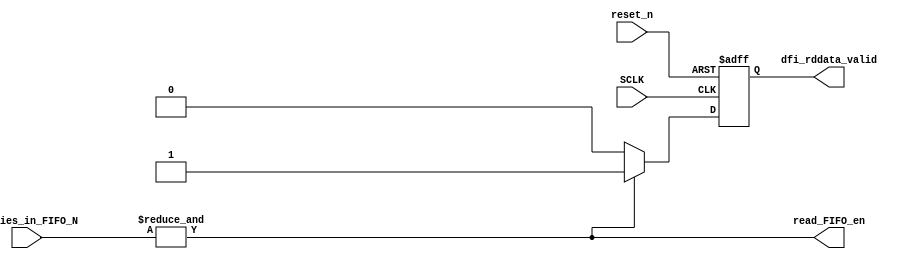

/// Header_Start --->>>
//---------------------------------------------------------
// COPYRIGHT CreVinn Teoranta 2015  
// CreVinn CONFIDENTIAL AND PROPRIETARY   
// Project Name: ms_tip
//---------------------------------------------------------
// $Author: gianl $
// $Data$
// $Log: LANE_CTRL.v $
//
//
//---------------------------------------------------------


/// Header_End <<<---


/// I/O_Start --->>>

// - read_FIFO_en = 1 when entries_in_FIFO > 0
// - generate dfi_rddata_valid to NWL while entries in FIFO are non-zero.

module LANE_CTRL( SCLK,
                  reset_n,
                  dfi_rddata_valid,
                  entries_in_FIFO_N,
                  read_FIFO_en );

//parameter IOG_DQS_LANES = `IOG_DQS_LANES_DEF; // Number of lanes
parameter IOG_DQS_LANES = 2; // Number of lanes

parameter MIN_ENTRIES_IN_FIFO = 1;

input          SCLK;
input          reset_n;

// Port: Port_1

output         dfi_rddata_valid;

// Port: Port_2

input [IOG_DQS_LANES-1:0] entries_in_FIFO_N;//EON..bit per lane, each bit indicates at least one entry in per lane fifo
output         read_FIFO_en;

/// I/O_End <<<---

reg dfi_rddata_valid;
//wire [IOG_DQS_LANES-1:0] enough_entries_in_fifo_N;
wire read_FIFO_en;

assign read_FIFO_en = &(entries_in_FIFO_N); //ie all bits in enough_entries_in_lane_N are non zero -> enough entries in each fifo

always @(posedge SCLK or negedge reset_n)
begin
	if(~reset_n)
	begin
		dfi_rddata_valid <= 0;
	end
	else
	begin
		// Assert valid one clock tick after the read_FIFO_en
		if(read_FIFO_en)
		begin
			dfi_rddata_valid <= 1;
		end
		else
		begin
			dfi_rddata_valid <= 0;
		end
	end
end
endmodule